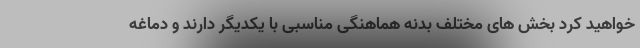
خواهید کرد بخش های مختلف بدنه هماهنگی مناسبی با یکدیگر دارند و دماغه